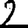
Digit: 2